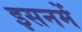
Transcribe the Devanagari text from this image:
इसनमें